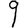
Digit: 9